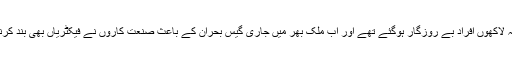
سی این جی سٹیشن تو پہلے ہی بند کر دیےگئے تھے جس کے باعث اس شعبہ سے وابستہ لاکھوں افراد بے روزگار ہوگئے تھے اور اب ملک بھر میں جاری گیس بحران کے باعث صنعت کاروں نے فیکٹریاں بھی بند کرنے کا اعلان کردیا ہے، جس سے مزید غریب مزدوروں کے چولہے ٹھنڈے ہوجائیں گے۔